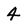
Character: 4